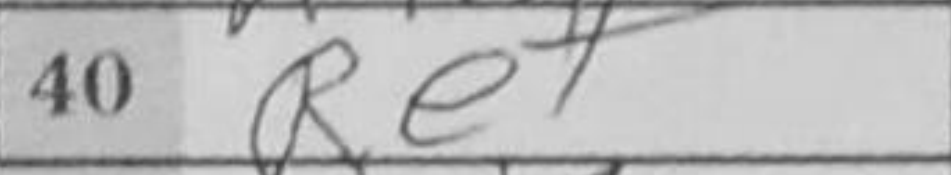
Transcription: Re7